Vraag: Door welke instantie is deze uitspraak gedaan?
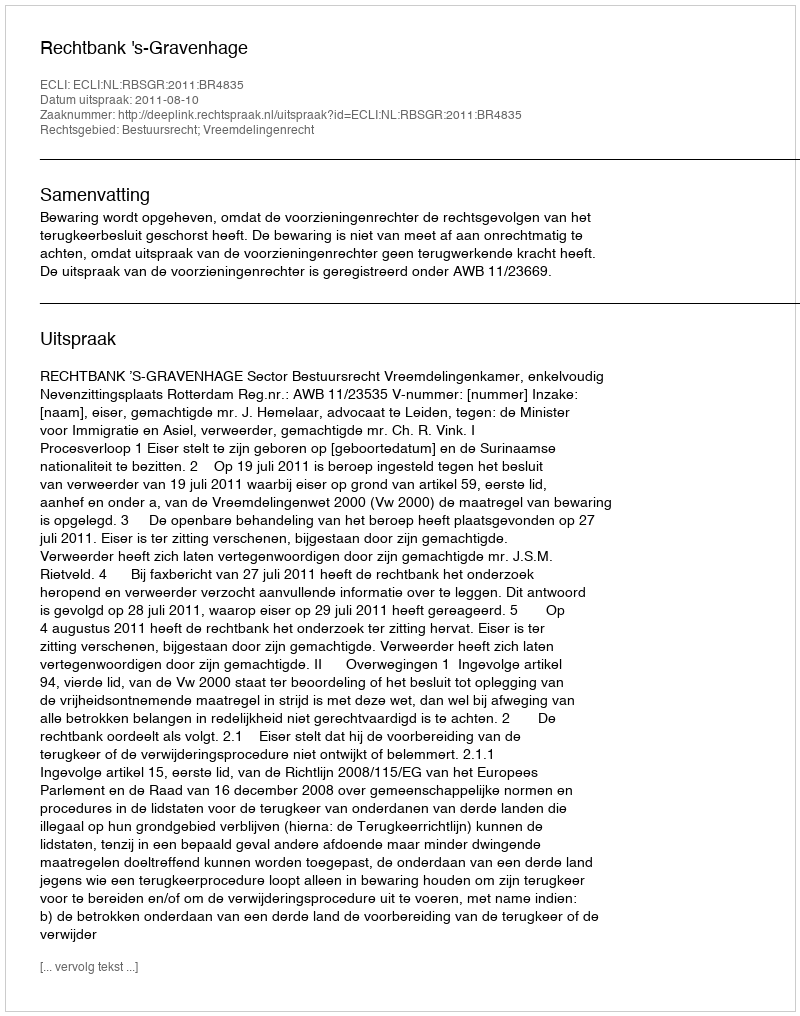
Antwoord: Rechtbank 's-Gravenhage